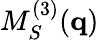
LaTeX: M_{S}^{(3)}(\mathbf{q})